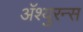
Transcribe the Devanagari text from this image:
अॅश्युरन्स